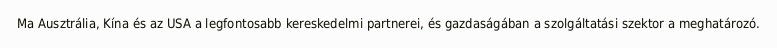
Ma Ausztrália, Kína és az USA a legfontosabb kereskedelmi partnerei, és gazdaságában a szolgáltatási szektor a meghatározó.